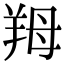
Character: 䍭